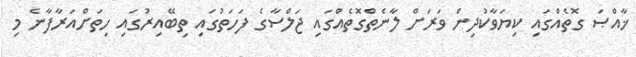
ޚާއްޞަ ގޮތެއްގައި ކިޔަވާކުދިން ވަރަށް ލާނެތްގޮތެއްގައި ޖަލްސާގެ ފަހަތުގައި ތިބޭއިރުގައި ހިތަށްއަރާފާނެ މި